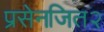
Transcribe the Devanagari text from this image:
प्रसेनजित२